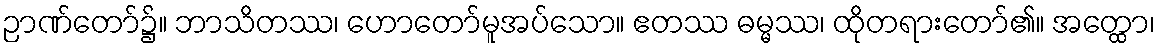
ဉာဏ်တော်၌။ ဘာသိတဿ၊ ဟောတော်မူအပ်သော။ ဧတဿ ဓမ္မဿ၊ ထိုတရားတော်၏။ အတ္ထော၊